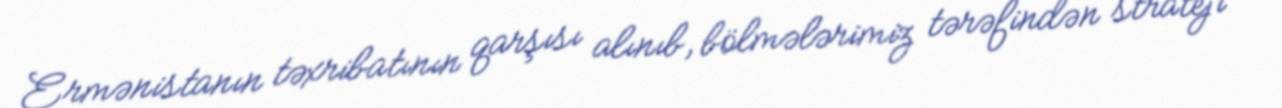
Ermənistanın təxribatının qarşısı alınıb, bölmələrimiz tərəfindən strateji